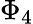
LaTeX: \Phi_{4}